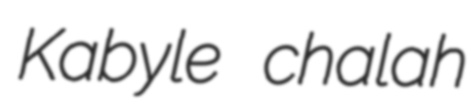
Kabyle chalah